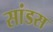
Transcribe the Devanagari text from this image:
सांडस